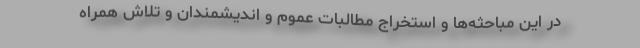
در این مباحثه‌ها و استخراج مطالبات عموم و اندیشمندان و تلاش همراه